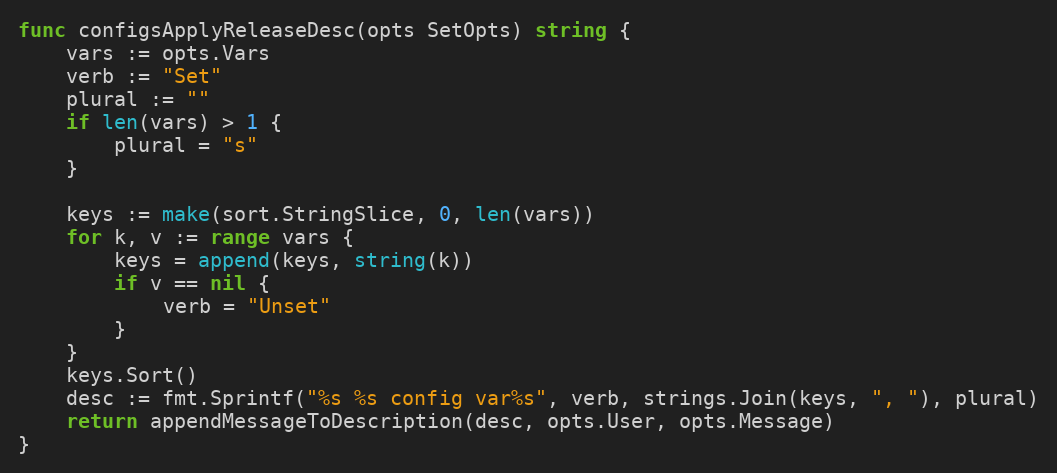
Language: Go
func configsApplyReleaseDesc(opts SetOpts) string {
	vars := opts.Vars
	verb := "Set"
	plural := ""
	if len(vars) > 1 {
		plural = "s"
	}

	keys := make(sort.StringSlice, 0, len(vars))
	for k, v := range vars {
		keys = append(keys, string(k))
		if v == nil {
			verb = "Unset"
		}
	}
	keys.Sort()
	desc := fmt.Sprintf("%s %s config var%s", verb, strings.Join(keys, ", "), plural)
	return appendMessageToDescription(desc, opts.User, opts.Message)
}